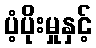
ပံ့ပိုးမှုနှင့်